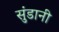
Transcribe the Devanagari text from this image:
सुंडानी